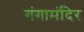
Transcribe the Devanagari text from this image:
गंगामंदिर